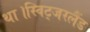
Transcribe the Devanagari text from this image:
था।स्विट्जरलैंड